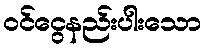
ဝင်ငွေနည်းပါးသော